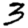
Digit: 3